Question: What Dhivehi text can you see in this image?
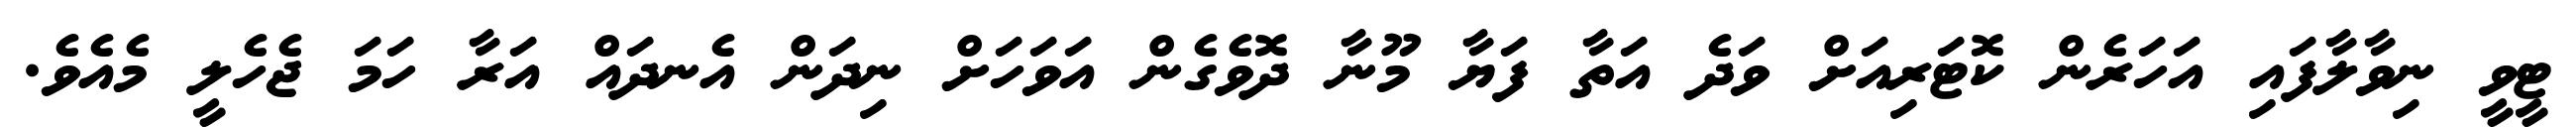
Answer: ޓީވީ ނިވާލާފައި އަހަރެން ކޮޓަރިއަށް ވަދެ އަތާ ފަޔާ މޫނާ ދޮވެގެން އަވަހަށް ނިދަން އެނދައް އަރާ ހަމަ ޖެހެލީ މެއެވެ.